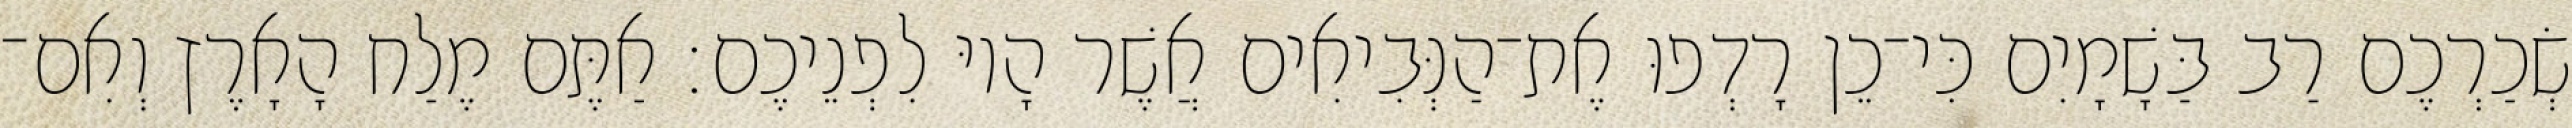
שְׂכַרְכֶם רַב בַּשָׁמָיִם כִּי־כֵן רָדְפוּ אֶת־הַנְּבִיאִים אֲשֶׁר הָיוּ לִפְנֵיכֶם׃ אַתֶּם מֶלַח הָאָרֶץ וְאִם־